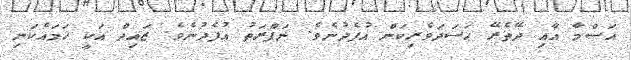
އަސްމާ އާއި ދޭތެރޭ ޙަސަދަވެރިކަން އުފެދުނެވެ. ނަފްރަތު އުފެދުނެވެ. ޒައިދް އަކީ ހަމައެކަނި